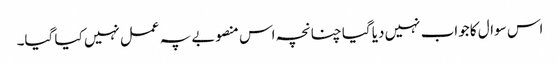
اس سوال کا جواب نہیں دیا گیا چنانچہ اس منصوبے پہ عمل نہیں کیا گیا۔